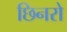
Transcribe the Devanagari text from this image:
छिनरो